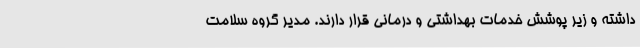
داشته و زیر پوشش خدمات بهداشتی و درمانی قرار دارند. مدیر گروه سلامت